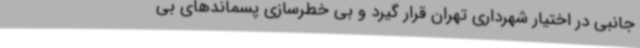
جانبی در اختیار شهرداری تهران قرار گیرد و بی خطرسازی پسماندهای بی